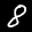
Label: 8